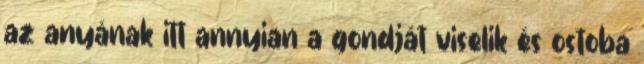
az anyának itt annyian a gondját viselik és ostoba